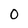
Character: O